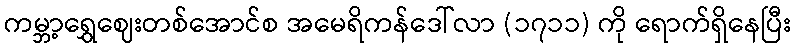
ကမ္ဘာ့ရွှေဈေးတစ်အောင်စ အမေရိကန်ဒေါ်လာ (၁၇၁၁) ကို ရောက်ရှိနေပြီး